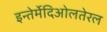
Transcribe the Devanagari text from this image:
इन्तेर्मेदिओलतेरल